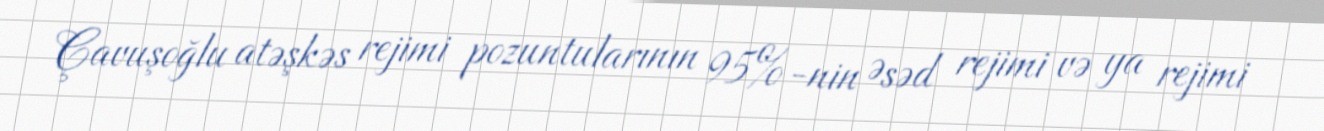
Çavuşoğlu atəşkəs rejimi pozuntularının 95%-nin Əsəd rejimi və ya rejimi